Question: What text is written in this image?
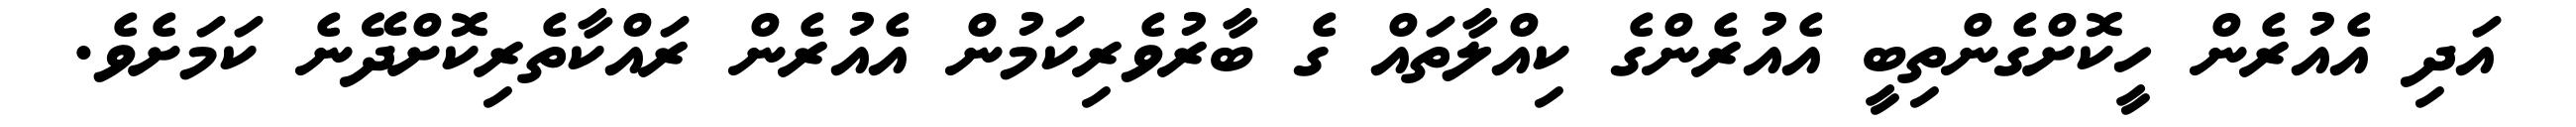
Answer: އަދި އެއުރެން ހީކޮށްގެންތިބީ އެއުރެންގެ ކިއްލާތައް ގެ ބާރުވެރިކަމުން އެއުރެން ރައްކާތެރިކޮށްދޭނެ ކަމަށެވެ.